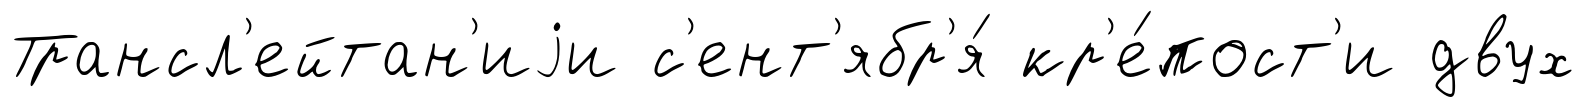
Трансл'ейтан'иjи с'ент'ябр'я́ кр'е́пост'и двух